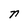
Character: n